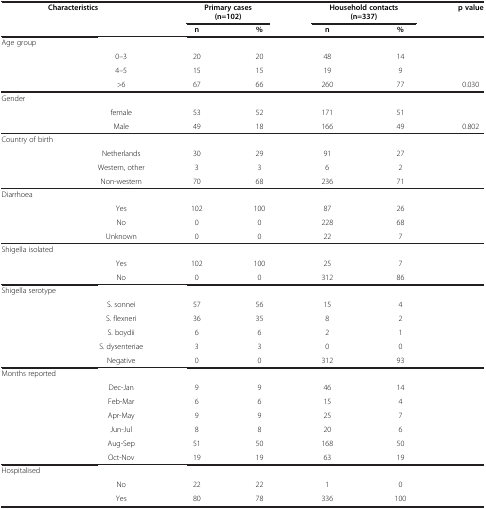
<table><thead><tr><td colspan="2"><b>Characteristics</b></td><td colspan="2"><b>Primary cases (n=102)</b></td><td colspan="2"><b>Household contacts (n=337)</b></td><td><b>p value</b></td></tr></thead><tbody><tr><td> </td><td> </td><td><b>n</b></td><td><b>%</b></td><td><b>n</b></td><td><b>%</b></td><td> </td></tr><tr><td>Age group</td><td> </td><td> </td><td> </td><td> </td><td> </td><td> </td></tr><tr><td> </td><td>0–3</td><td>20</td><td>20</td><td>48</td><td>14</td><td> </td></tr><tr><td> </td><td>4–5</td><td>15</td><td>15</td><td>19</td><td>9</td><td> </td></tr><tr><td> </td><td>&gt;6</td><td>67</td><td>66</td><td>260</td><td>77</td><td>0.030</td></tr><tr><td>Gender</td><td> </td><td> </td><td> </td><td> </td><td> </td><td> </td></tr><tr><td> </td><td>female</td><td>53</td><td>52</td><td>171</td><td>51</td><td> </td></tr><tr><td> </td><td>Male</td><td>49</td><td>18</td><td>166</td><td>49</td><td>0.802</td></tr><tr><td>Country of birth</td><td> </td><td> </td><td> </td><td> </td><td> </td><td> </td></tr><tr><td> </td><td>Netherlands</td><td>30</td><td>29</td><td>91</td><td>27</td><td> </td></tr><tr><td> </td><td>Western, other</td><td>3</td><td>3</td><td>6</td><td>2</td><td> </td></tr><tr><td> </td><td>Non-western</td><td>70</td><td>68</td><td>236</td><td>71</td><td> </td></tr><tr><td>Diarrhoea</td><td> </td><td> </td><td> </td><td> </td><td> </td><td> </td></tr><tr><td> </td><td>Yes</td><td>102</td><td>100</td><td>87</td><td>26</td><td> </td></tr><tr><td> </td><td>No</td><td>0</td><td>0</td><td>228</td><td>68</td><td> </td></tr><tr><td> </td><td>Unknown</td><td>0</td><td>0</td><td>22</td><td>7</td><td> </td></tr><tr><td>Shigella isolated</td><td> </td><td> </td><td> </td><td> </td><td> </td><td> </td></tr><tr><td> </td><td>Yes</td><td>102</td><td>100</td><td>25</td><td>7</td><td> </td></tr><tr><td> </td><td>No</td><td>0</td><td>0</td><td>312</td><td>86</td><td> </td></tr><tr><td>Shigella serotype</td><td> </td><td> </td><td> </td><td> </td><td> </td><td> </td></tr><tr><td> </td><td>S. sonnei</td><td>57</td><td>56</td><td>15</td><td>4</td><td> </td></tr><tr><td> </td><td>S. flexneri</td><td>36</td><td>35</td><td>8</td><td>2</td><td> </td></tr><tr><td> </td><td>S. boydii</td><td>6</td><td>6</td><td>2</td><td>1</td><td> </td></tr><tr><td> </td><td>S. dysenteriae</td><td>3</td><td>3</td><td>0</td><td>0</td><td> </td></tr><tr><td> </td><td>Negative</td><td>0</td><td>0</td><td>312</td><td>93</td><td> </td></tr><tr><td>Months reported</td><td> </td><td> </td><td> </td><td> </td><td> </td><td> </td></tr><tr><td> </td><td>Dec-Jan</td><td>9</td><td>9</td><td>46</td><td>14</td><td> </td></tr><tr><td> </td><td>Feb-Mar</td><td>6</td><td>6</td><td>15</td><td>4</td><td> </td></tr><tr><td> </td><td>Apr-May</td><td>9</td><td>9</td><td>25</td><td>7</td><td> </td></tr><tr><td> </td><td>Jun-Jul</td><td>8</td><td>8</td><td>20</td><td>6</td><td> </td></tr><tr><td> </td><td>Aug-Sep</td><td>51</td><td>50</td><td>168</td><td>50</td><td> </td></tr><tr><td> </td><td>Oct-Nov</td><td>19</td><td>19</td><td>63</td><td>19</td><td> </td></tr><tr><td>Hospitalised</td><td> </td><td> </td><td> </td><td> </td><td> </td><td> </td></tr><tr><td> </td><td>No</td><td>22</td><td>22</td><td>1</td><td>0</td><td> </td></tr><tr><td> </td><td>Yes</td><td>80</td><td>78</td><td>336</td><td>100</td><td> </td></tr></tbody></table>